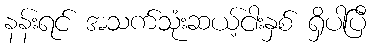
နန်းရင် အသက်သုံးဆယ့်ငါးနှစ် ရှိပါပြီ